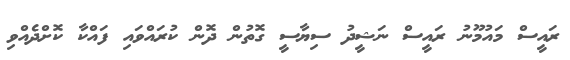
ރައީސް މައުމޫނު ރައީސް ނަޝީދު ސިޔާސީ ގޮތުން ދޮން ކުރައްވައި ފައްކާ ކޮށްދެއްވި